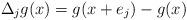
LaTeX: \begin{align*}\Delta_j g (x)= g(x+e_j) - g(x)\end{align*}